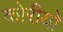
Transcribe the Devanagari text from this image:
कोरीयो